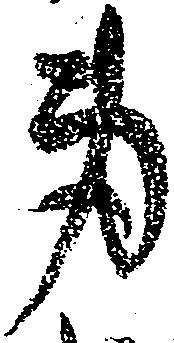
身